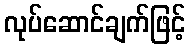
လုပ်ဆောင်ချက်ဖြင့်